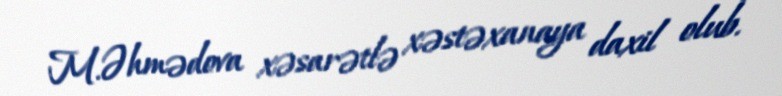
M.Əhmədova xəsarətlə xəstəxanaya daxil olub.